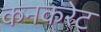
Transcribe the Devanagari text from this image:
कनकरेट